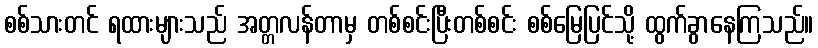
စစ်သားတင် ရထားများသည် အတ္တလန်တာမှ တစ်စင်းပြီးတစ်စင်း စစ်မြေပြင်သို့ ထွက်ခွာနေကြသည်။